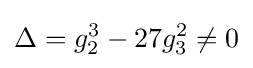
\Delta =g_{2}^{3}-27g_{3}^{2}\neq 0